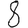
Digit: 8